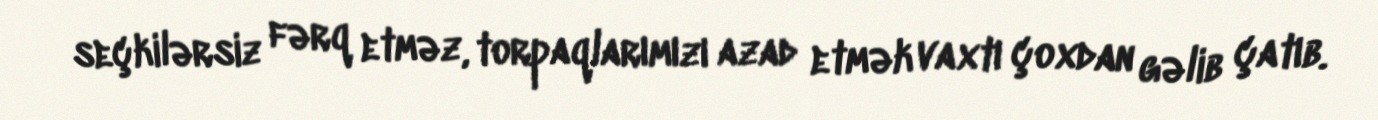
seçkilərsiz fərq etməz, torpaqlarımızı azad etmək vaxtı çoxdan gəlib çatıb.